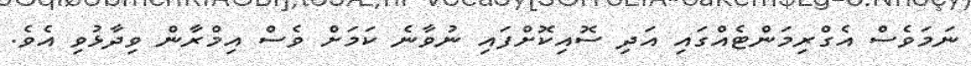
ނަމަވެސް އެގްރިމަންޓެއްގައި އަދި ސޮއިކޮށްފައި ނުވާނެ ކަމަށް ވެސް އިމްރާން ވިދާޅުވި އެވެ.